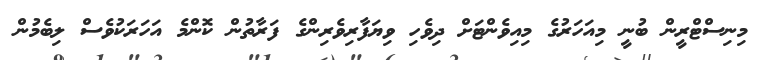
މިނިސްޓްރީން ބުނީ މިއަހަރުގެ މިއިވެންޓަށް ދިވެހި ވިޔަފާރިވެރިންގެ ފަރާތުން ކޮންމެ އަހަރަކުވެސް ލިބެމުން